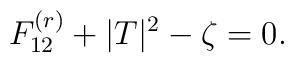
F^{(r)}_{12} +|T|^2-\zeta = 0.